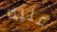
عليه